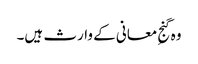
وہ گنجِ معانی کے وارث ہیں۔